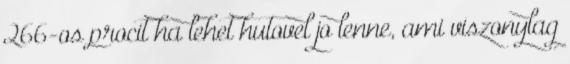
266-os procit ha lehet hutovel jo lenne, ami viszonylag